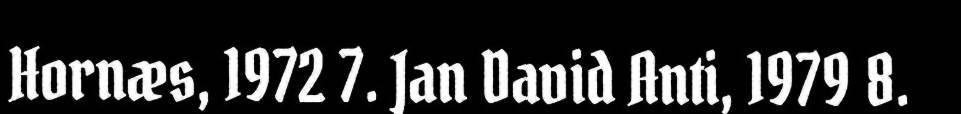
Hornæs, 1972 7. Jan David Anti, 1979 8.